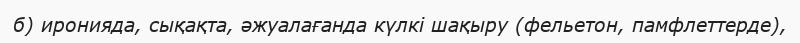
б) иронияда, сықақта, әжуалағанда күлкі шақыру (фельетон, памфлеттерде),